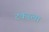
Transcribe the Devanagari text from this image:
टकरला